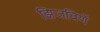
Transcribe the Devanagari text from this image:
झिजविणें